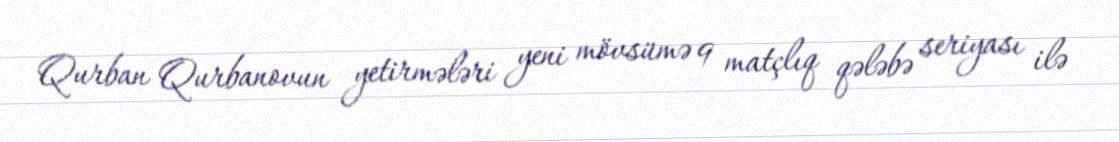
Qurban Qurbanovun yetirmələri yeni mövsümə 9 matçlıq qələbə seriyası ilə